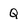
Character: Q